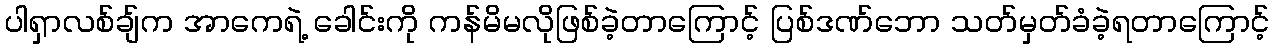
ပါရှာလစ်ချ်က အာကေရဲ့ ခေါင်းကို ကန်မိမလိုဖြစ်ခဲ့တာကြောင့် ပြစ်ဒဏ်ဘော သတ်မှတ်ခံခဲ့ရတာကြောင့်